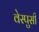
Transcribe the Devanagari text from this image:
वेस्पुसी